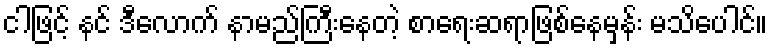
ငါဖြင့် နင် ဒီလောက် နာမည်ကြီးနေတဲ့ စာရေးဆရာဖြစ်နေမှန်း မသိပေါင်။